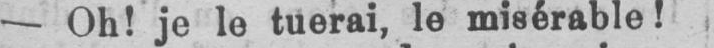
- Oh! je le tuerai, le misérable!